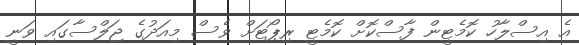
އެ އިސްލާހު ކޮމެޓީން ފާސްކޮށް ކޮމެޓީ ރިޕޯޓަށް ވެސް މިއަދުގެ ޖަލްސާގައި ވަނީ